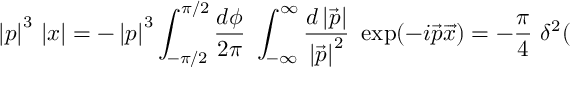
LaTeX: \left| p \right| ^ { 3 } \, \left| x \right| = - \left| p \right| ^ { 3 } \int _ { - \pi / 2 } ^ { \pi / 2 } \frac { d \phi } { 2 \pi } \, \, \int _ { - \infty } ^ { \infty } \frac { d \left| \overrightarrow { p } \right| } { \left| \overrightarrow { p } \right| ^ { 2 } } \, \, \exp ( - i \overrightarrow { p } \overrightarrow { x } ) = - \frac { \pi } { 4 } \, \, \delta ^ { 2 } (